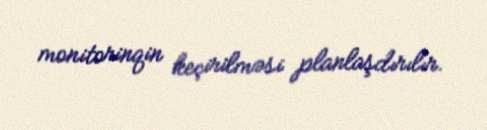
monitorinqin keçirilməsi planlaşdırılır.